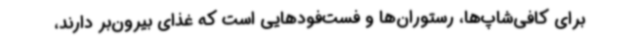
برای کافی‌شاپ‌ها، رستوران‌ها و فست‌فودهایی است که غذای بیرون‌بر دارند،